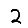
Digit: 2